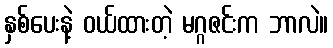
နှစ်ပေးနဲ့ ဝယ်ထားတဲ့ မဂ္ဂဇင်းက ဘာလဲ။